system: You are a helpful assistant.
user:
Analyze the provided spectrum to determine if it is a **S-type Star**.

- **Key Indicators for S-type Star:**

    - **(Overall Spectrum Shape):** The first and most obvious characteristic is the overall continuum (the "baseline" shape). It is **extremely "red-sloping,"** meaning the flux (light intensity) is very low on the left side (blue, ~4000-4500 Å) and rises steeply and continuously toward the right side (red, ~7000 Å+).

    - **(Primary):** The spectrum is defined by the presence of strong, broad molecular absorption "valleys" (bands) from **Zirconium Oxide (ZrO)**. The identification of these bands is the **primary requirement** for classifying a star as S-type.
        - **(Key Bandheads):** You must find distinct, deep "dips" where the light has been absorbed. The most critical band systems to locate are:
            - **~6474 Å** ($\gamma$-system): This is often the strongest and clearest ZrO feature, found in the red part of the spectrum.
            - **~5718 Å** & **~5551 Å** ($\beta$-system): A pair of prominent absorption features in the yellow-orange part of the spectrum.
            - **~4640 Å** ($\alpha$-system): A key absorption band system in the blue-green region of the spectrum.

    - **(Secondary Confirmation):** The classification is strengthened by finding additional absorption bands from other related heavy element oxides, which are expected to be present alongside ZrO.
        - **(Key Bandheads):**
            - **Yttrium Oxide (YO):** Look for absorption dips near **~4800 Å** and **~6100 Å**.
            - **Lanthanum Oxide (LaO):** Additional absorption features, particularly in the red-orange part of the spectrum, are also characteristic.

    - **(Line Profile):** The combination of the steep red continuum and these numerous, deep molecular bands (ZrO, YO, etc.) gives the entire spectrum a very **"chopped-up"** or **"bumpy"** appearance. Instead of a smooth curve, the spectrum looks as though large, wide chunks of light have been "carved out" of it at the specific wavelengths listed above.

Think first, call **spectral_visualization_tool** if needed to examine features in detail, then provide your final answer. Your response must adhere to the following strict rules:
1.  **Overall Structure:** Your response must follow the format `<think>...</think> <tool_call>...</tool_call> (if a tool is used) <answer>...</answer>`.
2.  **Tool Usage Constraint:** You may only make **one** tool call per turn.
3.  **Final Answer Format:** In the `<answer>` tag, your conclusion must be inside a `\boxed{}` command (e.g., `\boxed{YES}` or `\boxed{NO}`), followed by your justification.

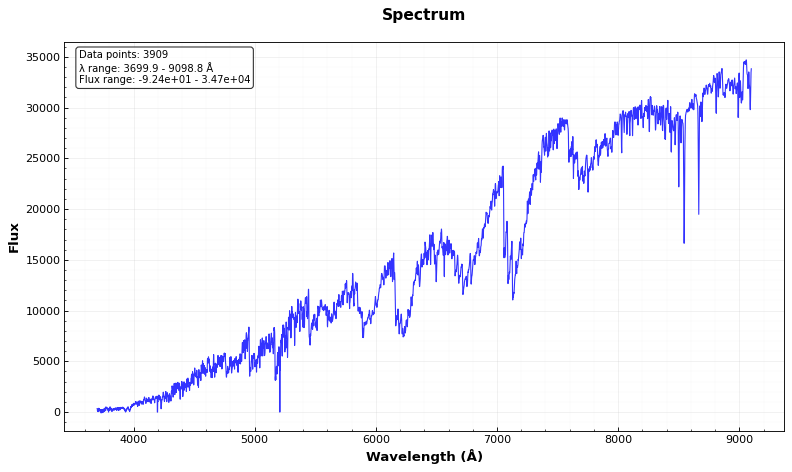
Answer: YES